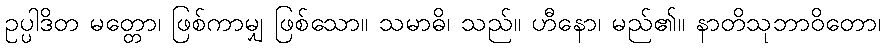
ဥပ္ပါဒိတ မတ္တော၊ ဖြစ်ကာမျှ ဖြစ်သော။ သမာဓိ၊ သည်။ ဟီနော၊ မည်၏။ နာတိသုဘာဝိတော၊